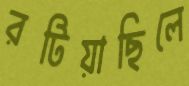
রটিয়াছিলে